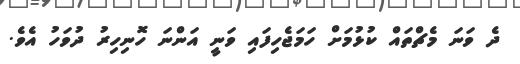
ދެ ވަނަ މެޗްތައް ކުޅުމަށް ހަމަޖެހިފައި ވަނީ އަންނަ ހޮނިހިރު ދުވަހު އެވެ.